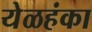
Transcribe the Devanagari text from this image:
येळहंका